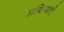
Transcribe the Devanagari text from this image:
प्रकियाएँ